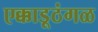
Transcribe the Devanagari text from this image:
एक्काडूठंगळ